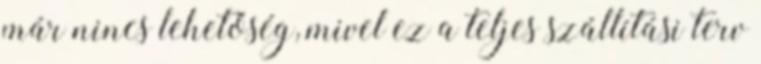
már nincs lehetőség, mivel ez a teljes szállítási terv